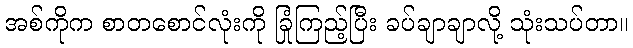
အစ်ကိုက စာတစောင်လုံးကို ခြုံကြည့်ပြီး ခပ်ချာချာလို့ သုံးသပ်တာ။